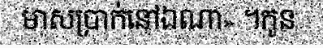
មាសប្រាក់នៅឯណា» ។កូន